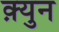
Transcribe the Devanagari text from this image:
क़्युन